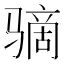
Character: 𫘮